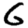
Digit: 6